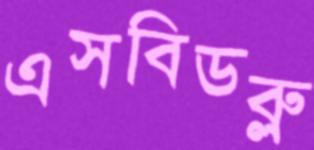
এসবিডব্লু